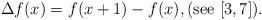
LaTeX: \begin{align*}\Delta f(x) = f(x+1) - f(x),(\textnormal{see} \,\, [3,7]).\end{align*}